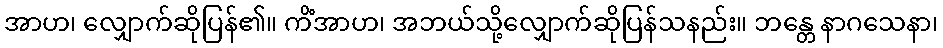
အာဟ၊ လျှောက်ဆိုပြန်၏။ ကိံအာဟ၊ အဘယ်သို့လျှောက်ဆိုပြန်သနည်း။ ဘန္တေ နာဂသေနာ၊